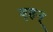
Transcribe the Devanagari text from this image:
बृहन्